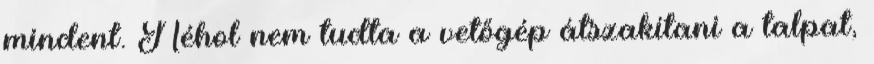
mindent. Néhol nem tudta a vetőgép átszakítani a talpat,